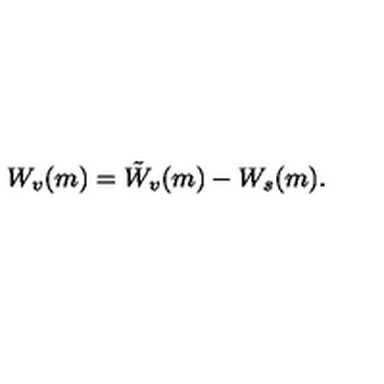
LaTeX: W _ { v } ( m ) = \tilde { W } _ { v } ( m ) - W _ { s } ( m ) .